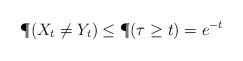
LaTeX: \begin{align*}\P(X_t\neq Y_t)\leq \P(\tau\geq t)=e^{-t}\end{align*}